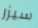
سيزر